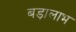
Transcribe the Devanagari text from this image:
बड़ालाभ